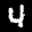
Label: 4